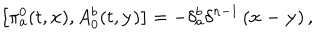
\left[ \pi _ { a } ^ { 0 } ( t , \mathbf { x } ) , A _ { 0 } ^ { b } ( t , \mathbf { y } ) \right] = - \delta _ { a } ^ { b } \delta ^ { n - 1 } \left( \mathbf { x - y } \right) ,